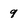
Character: 9